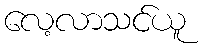
လေ့လာသင်ယူ